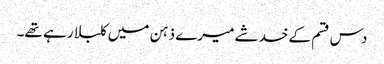
دس قسم کے خدشے میرے ذہن میں کلبلا رہے تھے۔